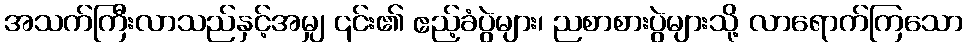
အသက်ကြီးလာသည်နှင့်အမျှ ၎င်း၏ ဧည့်ခံပွဲများ၊ ညစာစားပွဲများသို့ လာရောက်ကြသော